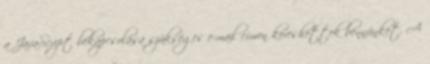
a JavaScript bekapcsolása szükséges e-mail címen kereshettek bennünket. A